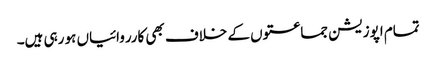
تمام اپوزیشن جماعتوں کے خلاف بھی کارروائیاں ہو رہی ہیں۔